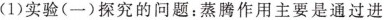
(1)实验(一)探究的问题：蒸腾作用主要是通过进